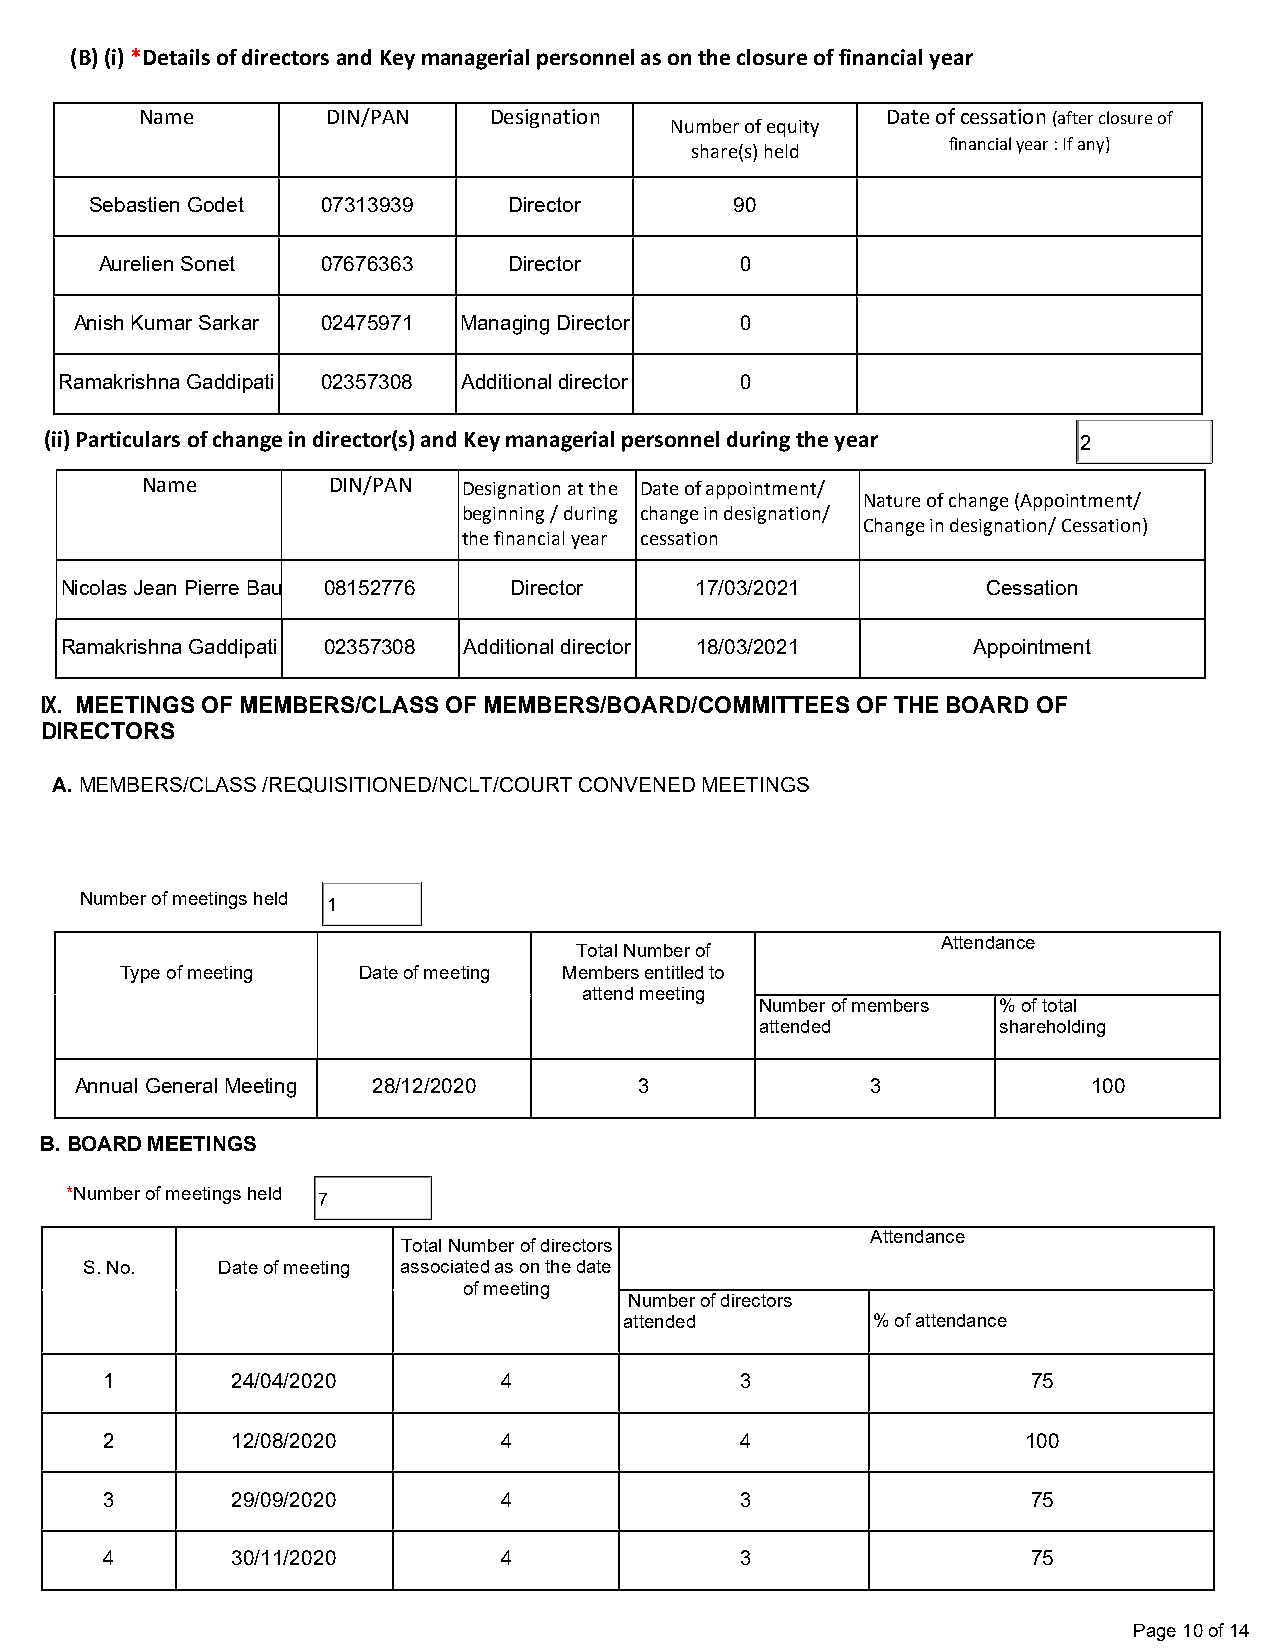
(B) (i) *Details of directors and Key managerial personnel as on the closure of financial year
 Name         DIN/PAN   Designation                Date of cessation (after closure of
 Number of equity
 share(s) held    financial year : If any)
 Sebastien Godet 07313939    Director       90
 Aurelien Sonet 07676363    Director       0
 Anish Kumar Sarkar 02475971 Managing Director 0
 Ramakrishna Gaddipati 02357308 Additional director 0
 (ii) Particulars of change in director(s) and Key managerial personnel during the year 2
 Name         DIN/PAN  Designation at the Date of appointment/
 Nature of change (Appointment/
 beginning / during change in designation/
 Change in designation/ Cessation)
 the financial year cessation
 Nicolas Jean Pierre Bau 08152776 Director 17/03/2021         Cessation
 Ramakrishna Gaddipati 02357308 Additional director 18/03/2021 Appointment
 IX. MEETINGS OF MEMBERS/CLASS OF MEMBERS/BOARD/COMMITTEES OF THE BOARD OF
 DIRECTORS
 A. MEMBERS/CLASS /REQUISITIONED/NCLT/COURT CONVENED MEETINGS
 Number of meetings held 1
 Total Number of
 Attendance
 Type of meeting Date of meeting Members entitled to
 attend meeting
 Number of members % of total
 attended        shareholding
 Annual General Meeting 28/12/2020    3               3             100
 B. BOARD MEETINGS
 *Number of meetings held 7
 Total Number of directors
 Attendance
 S. No.  Date of meeting associated as on the date
 of meeting
 Number of directors
 attended         % of attendance
 1       24/04/2020        4               3                  75
 2       12/08/2020        4               4                  100
 3       29/09/2020        4               3                  75
 4       30/11/2020        4               3                  75
 Page 10 of 14